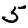
Digit: 5